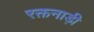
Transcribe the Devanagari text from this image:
रक्तनाड़ी